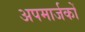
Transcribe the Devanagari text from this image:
अपमार्जकों